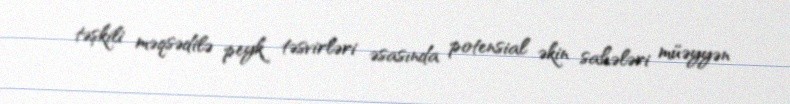
təşkili məqsədilə peyk təsvirləri əsasında potensial əkin sahələri müəyyən